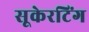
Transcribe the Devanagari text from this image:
सूकेरटिंग